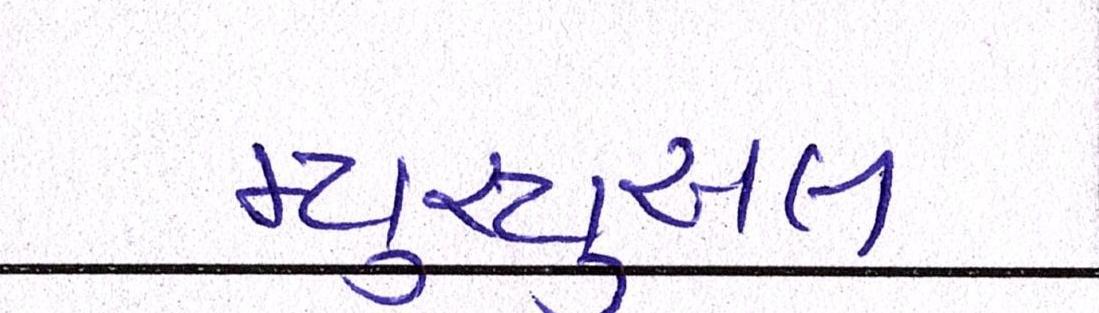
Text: મ્યુચ્યુઅલ